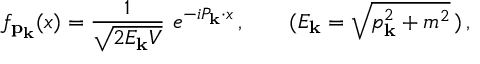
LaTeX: f _ { { \bf p } _ { \bf k } } ( x ) = \frac { 1 } { \sqrt { 2 E _ { \bf k } V } } \, \, e ^ { - i P _ { \bf k } \cdot x } \, , \; \; \; \; \; \; \; ( E _ { \bf k } = \sqrt { p _ { \bf k } ^ { 2 } + m ^ { 2 } } \, ) \, ,